Madras plague regulations and rules for the inspection of inward and outward bound vessels - Volume 2
Disease focus: Plague
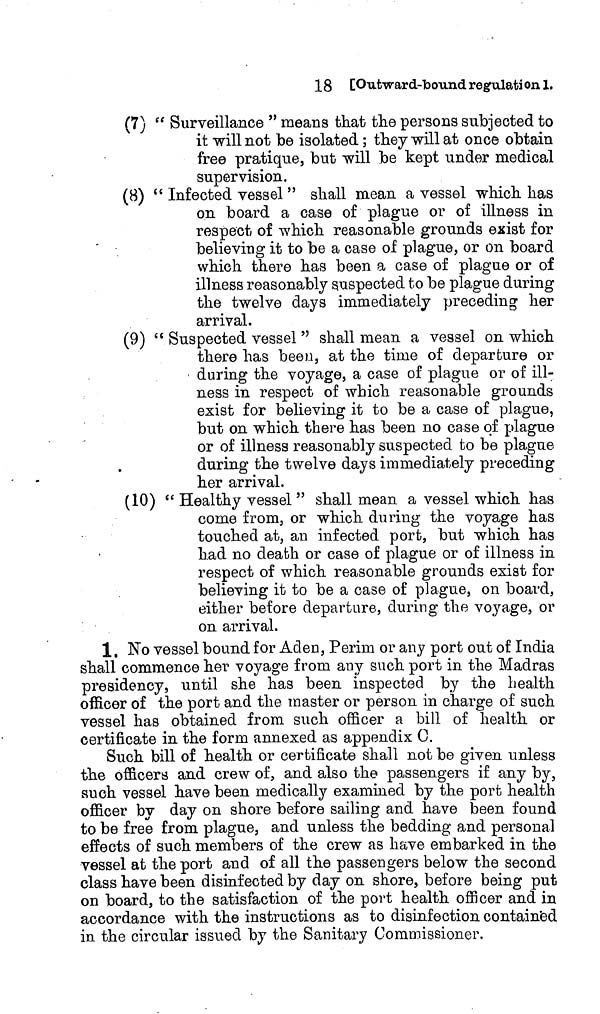
18 [Outward-bound regulation 1.
(7) " Surveillance " means that the persons subjected to
it will not be isolated ; they will at once obtain
free pratique, but will be kept under medical
supervision.
(8) " Infected vessel " shall mean a vessel which has
on board a case of plague or of illness in
respect of which reasonable grounds exist for
believing it to be a case of plague, or on board
which there has been a case of plague or of
illness reasonably suspected to be plague during
the twelve days immediately preceding her
arrival.
(9) " Suspected vessel " shall mean a vessel on which
there has been, at the time of departure or
• during the voyage, a case of plague or of ill-
ness in respect of which reasonable grounds
exist for believing it to be a case of plague,
but on which there has been no case of plague
or of illness reasonably suspected to be plague
during the twelve days immediately preceding
her arrival.
(10) " Healthy vessel" shall mean a vessel which has
come from, or which during the voyage has
touched at, an infected port, but which has
had no death or case of plague or of illness in
respect of which reasonable grounds exist for
believing it to be a case of plague, on board,
either before departure, during the voyage, or
on arrival.
1. No vessel bound for Aden, Perim or any port out of India
shall commence her voyage from any such port in the Madras
presidency, until she has been inspected by the health
officer of the port and the master or person in charge of such
vessel has obtained from such officer a bill of health or
certificate in the form annexed as appendix C.
Such bill of health or certificate shall not be given unless
the officers and crew of, and also the passengers if any by,
such vessel have been medically examined by the port health
officer by day on shore before sailing and have been found
to be free from plague, and unless the bedding and personal
effects of such members of the crew as have embarked in the
vessel at the port and of all the passengers below the second
class have been disinfected by day on shore, before being put
on board, to the satisfaction of the port health officer and in
accordance with the instructions as to disinfection contained
in the circular issued by the Sanitary Commissioner.